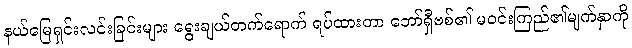
နယ်မြေရှင်းလင်းခြင်းများ ရွေးချယ်တက်ရောက် ရပ်ထားတာ ဘော်ရှီဗစ်၏ မဝင်းကြည်၏မျက်နှာကို